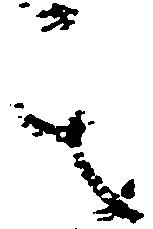
其